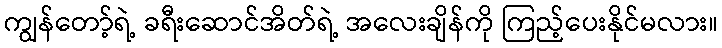
ကျွန်တော့်ရဲ့ ခရီးဆောင်အိတ်ရဲ့ အလေးချိန်ကို ကြည့်ပေးနိုင်မလား။